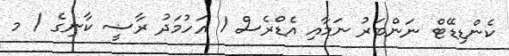
ކެންޑިޑޭޓް ނަންބަރު ނަމާއި އެޑްރެސް 1 އަހުމަދު ރާޟީ ކާނިގެ / މ